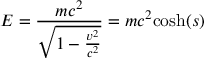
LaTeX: E = { \frac { m c ^ { 2 } } { \sqrt { 1 - { \frac { v ^ { 2 } } { c ^ { 2 } } } } } } = m c ^ { 2 } { \mathrm { c o s h } } ( s )